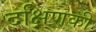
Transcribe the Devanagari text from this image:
दक्षिणकी